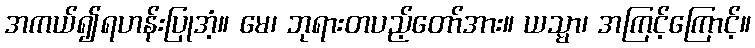
အကယ်၍ရဟန်းပြုအံ့။ မေ၊ ဘုရားတပည့်တော်အား။ ယသ္မာ၊ အကြင့်ကြောင့်။